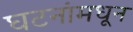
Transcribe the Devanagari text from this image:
घटनांमधून